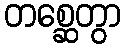
တစ္ဆေတွာ